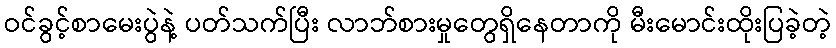
ဝင်ခွင့်စာမေးပွဲနဲ့ ပတ်သက်ပြီး လာဘ်စားမှုတွေရှိနေတာကို မီးမောင်းထိုးပြခဲ့တဲ့